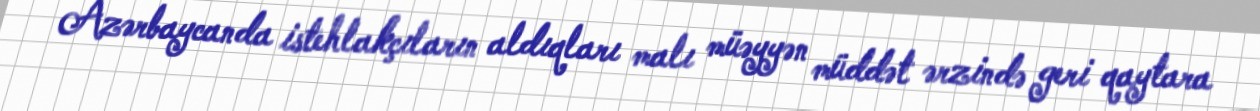
Azərbaycanda istehlakçıların aldıqları malı müəyyən müddət ərzində geri qaytara